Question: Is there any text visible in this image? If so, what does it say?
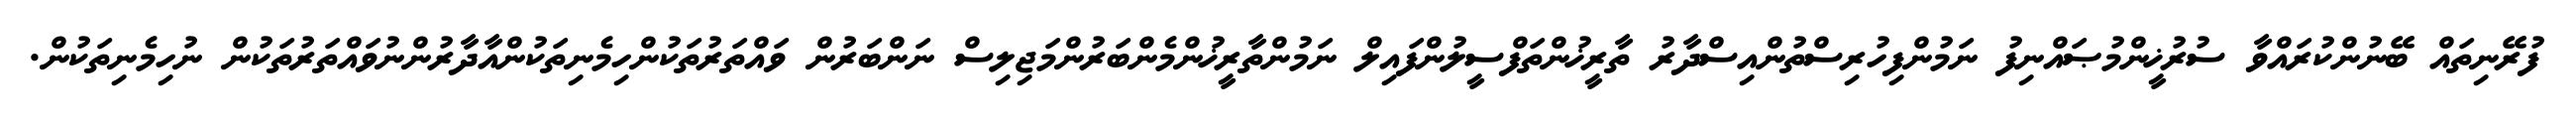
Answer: ފުރޭނިތައް ބޭނުންކުރައްވާ ސުރުޚީންމުޞައްނިފު ނަމުންފިހުރިސްތުންއިސްދާރު ތާރީޚުންތަފްސީލުންފައިލް ނަމުންތާރީޚުންމެންބަރުންމަޖިލިސް ނަންބަރުން ވައްތަރުތަކުންހިމެނިތަކުންއާދާރުންނުވައްތަރުތަކުން ނުހިމެނިތަކުން.